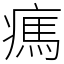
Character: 㾺